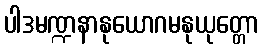
ပါဒမဏ္ဍနာနုယောဂမနုယုတ္တော